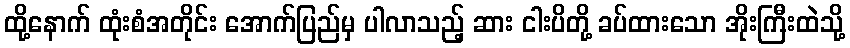
ထို့နောက် ထုံးစံအတိုင်း အောက်ပြည်မှ ပါလာသည့် ဆား ငါးပိတို့ ခပ်ထားသော အိုးကြီးထဲသို့